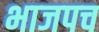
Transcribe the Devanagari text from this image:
भाजपच